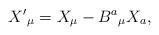
LaTeX: \begin{align*}X^{\prime }{}_{\mu } = X_{\mu }-B^{a}{}_{\mu }X_{a}, \end{align*}